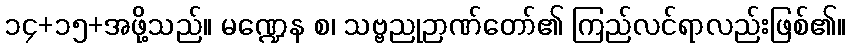
၁၄+၁၅+အဖို့သည်။ မဏ္ဍေန စ၊ သဗ္ဗညုဉာဏ်တော်၏ ကြည်လင်ရာလည်းဖြစ်၏။